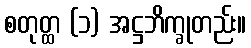
စတုတ္ထ (၁) အဋ္ဌဘိက္ခုတည်း။